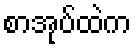
စာအုပ်ထဲက